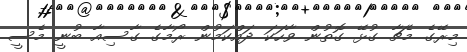
މިރޭގެ މެޗާ ގުޅޭ ގޮތުން ވާހަކަ ދައްކަމުން ރޯމާގެ ގާސިއާ ބުނީ މެސީ